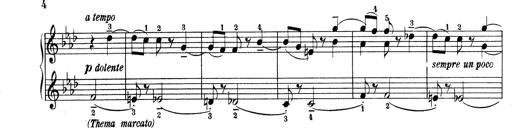
Title: Variationen Ã¼ber das Motiv von Bach
Composer: Franz Liszt